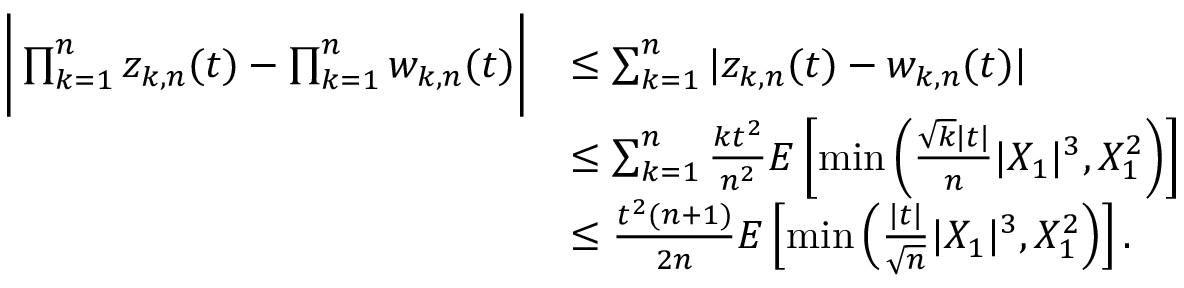
\begin{array} { r l } { \bigg | \prod _ { k = 1 } ^ { n } z _ { k , n } ( t ) - \prod _ { k = 1 } ^ { n } w _ { k , n } ( t ) \bigg | } & { \leq \sum _ { k = 1 } ^ { n } | z _ { k , n } ( t ) - w _ { k , n } ( t ) | } \\ & { \leq \sum _ { k = 1 } ^ { n } \frac { k t ^ { 2 } } { n ^ { 2 } } E \left[ \operatorname* { m i n } \left( \frac { \sqrt { k } | t | } { n } | X _ { 1 } | ^ { 3 } , X _ { 1 } ^ { 2 } \right) \right] } \\ & { \leq \frac { t ^ { 2 } ( n + 1 ) } { 2 n } E \left[ \operatorname* { m i n } \left( \frac { | t | } { \sqrt { n } } | X _ { 1 } | ^ { 3 } , X _ { 1 } ^ { 2 } \right) \right] . } \end{array}